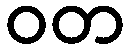
ဝတ